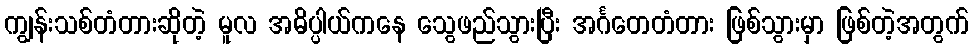
ကျွန်းသစ်တံတားဆိုတဲ့ မူလ အဓိပ္ပါယ်ကနေ သွေဖည်သွားပြီး အင်္ဂတေတံတား ဖြစ်သွားမှာ ဖြစ်တဲ့အတွက်